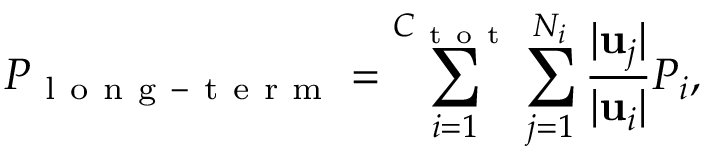
P _ { \mathrm { ~ l ~ o ~ n ~ g ~ - ~ t ~ e ~ r ~ m ~ } } = \sum _ { i = 1 } ^ { C _ { \mathrm { ~ t ~ o ~ t ~ } } } \sum _ { j = 1 } ^ { N _ { i } } \frac { \lvert \mathbf { u } _ { j } \rvert } { \lvert \mathbf { u } _ { i } \rvert } P _ { i } ,